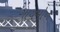
ગાયમોન